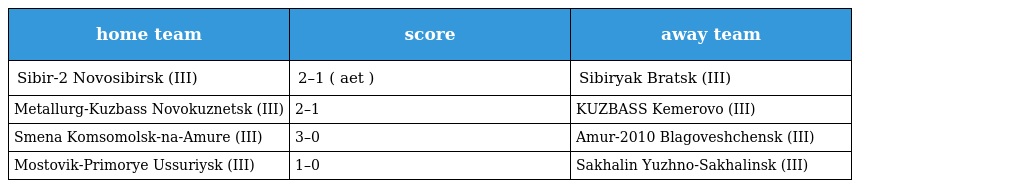
| home team | score | away team |
 | --- | --- | --- |
 | Sibir-2 Novosibirsk (III) | 2–1 ( aet ) | Sibiryak Bratsk (III) |
 | Metallurg-Kuzbass Novokuznetsk (III) | 2–1 | KUZBASS Kemerovo (III) |
 | Smena Komsomolsk-na-Amure (III) | 3–0 | Amur-2010 Blagoveshchensk (III) |
 | Mostovik-Primorye Ussuriysk (III) | 1–0 | Sakhalin Yuzhno-Sakhalinsk (III) |